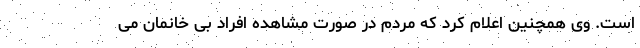
است. وی همچنین اعلام کرد که مردم در صورت مشاهده افراد بی خانمان می